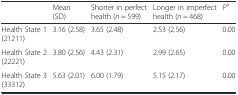
|  | Mean (SD) | Shorter in perfect health (n = 599) | Longer in imperfect health (n = 468) | Pa |
 | --- | --- | --- | --- | --- |
 | Health State 1 (21211) | 3.16 (2.58) | 3.65 (2.48) | 2.53 (2.56) | 0.00 |
 | Health State 2 (22221) | 3.80 (2.56) | 4.43 (2.31) | 2.99 (2.65) | 0.00 |
 | Health State 3 (33312) | 5.63 (2.01) | 6.00 (1.79) | 5.15 (2.17) | 0.00 |